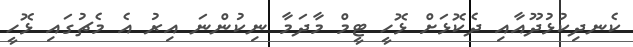
ކެނދިކުޅުދޫއާއި ދެކޮޅަށް ޅޮހީ ޓީމް މާދަމާ ނިކުންނަަ އިރު އެ މެޗުގައި ޅޮހީ